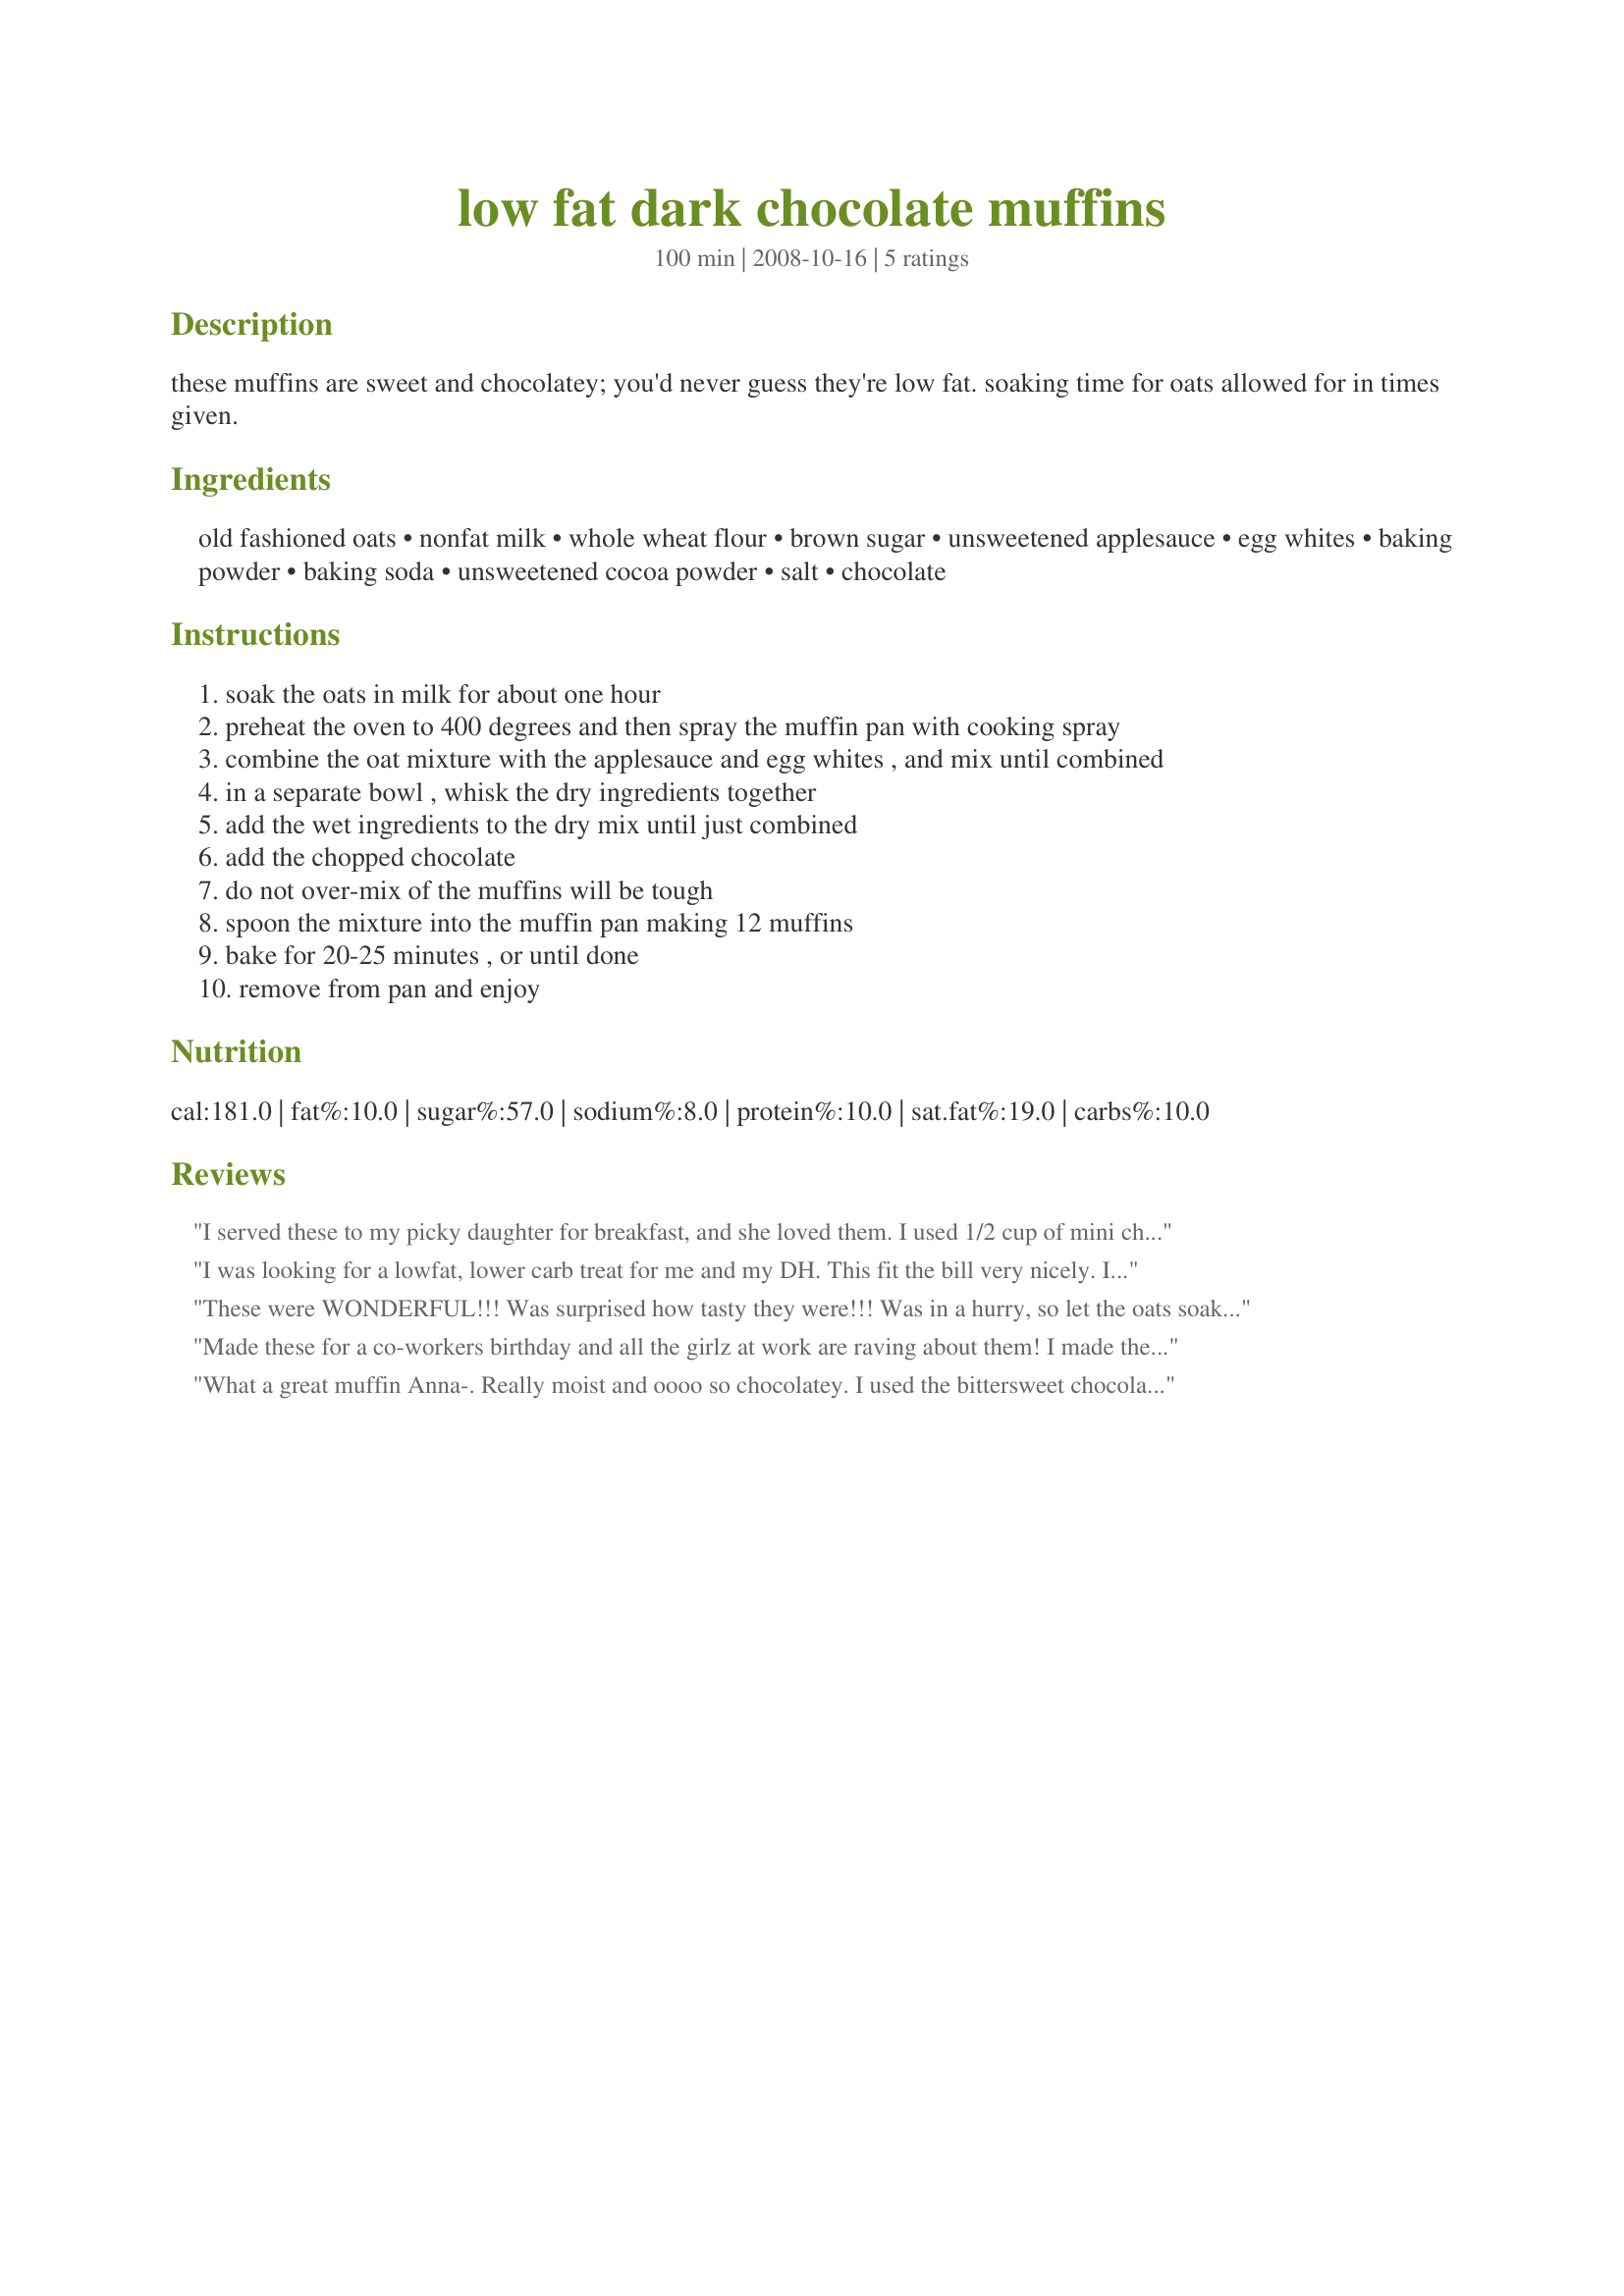
low fat dark chocolate muffins
Preparation time: 100 minutes

these muffins are sweet and chocolatey; you'd never guess they're low fat. soaking time for oats allowed for in times given.

Ingredients:
old fashioned oats, nonfat milk, whole wheat flour, brown sugar, unsweetened applesauce, egg whites, baking powder, baking soda, unsweetened cocoa powder, salt, chocolate

Steps:
soak the oats in milk for about one hour
preheat the oven to 400 degrees and then spray the muffin pan with cooking spray
combine the oat mixture with the applesauce and egg whites , and mix until combined
in a separate bowl , whisk the dry ingredients together
add the wet ingredients to the dry mix until just combined
add the chopped chocolate
do not over-mix of the muffins will be tough
spoon the mixture into the muffin pan making 12 muffins
bake for 20-25 minutes , or until done
remove from pan and enjoy

Reviews:
I served these to my picky daughter for breakfast, and she loved them. I used 1/2 cup of mini chocolate chips. Overall, these muffins are quite wholesome, and I will be making them again.
I was looking for a lowfat, lower carb treat for me and my DH. This fit the bill very nicely. It was very easy to make. I used whole wheat pastry flour and reduced the Splenda brown sugar to 1/2 c. as my applesauce was sweetened and chunky - it made for nice apple chunks in the muffins. I used the full 6 tbsp. of cocoa and was glad I did - they had a nice chocolate flavor. Will definitely make these again. Thanks Annacia for posting.
These were WONDERFUL!!! Was surprised how tasty they were!!! Was in a hurry, so let the oats soak for about 15 minutes. Used regular brown sugar and used dark chocolate that I chopped. Loved the fact that there was a piece of dark chocolate in every bite!! :) Thanks Annacia! :)
Made these for a co-workers birthday and all the girlz at work are raving about them! I made them into mini's (400F for 11 min.), omitted the chocolate chunks but used a low fat chocolate icing. These are scrumptious! Would definately make these again!
What a great muffin Anna-. Really moist and oooo so chocolatey. I used the bittersweet chocolate morsels as you suggested and also used 2 T. of dark cocoa and 3 T. of regular cocoa. I cut back just a bit on the splenda brown sugar. These are plenty sweet and so I"m glad I did. Such decandence for a LF muffin. 
Thanks for the recipe. Made for Diabetes Awareness Month - Nov. 08'.
